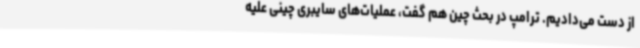
از دست می‌دادیم. ترامپ در بحث چین هم گفت، عملیات‌های سایبری چینی علیه